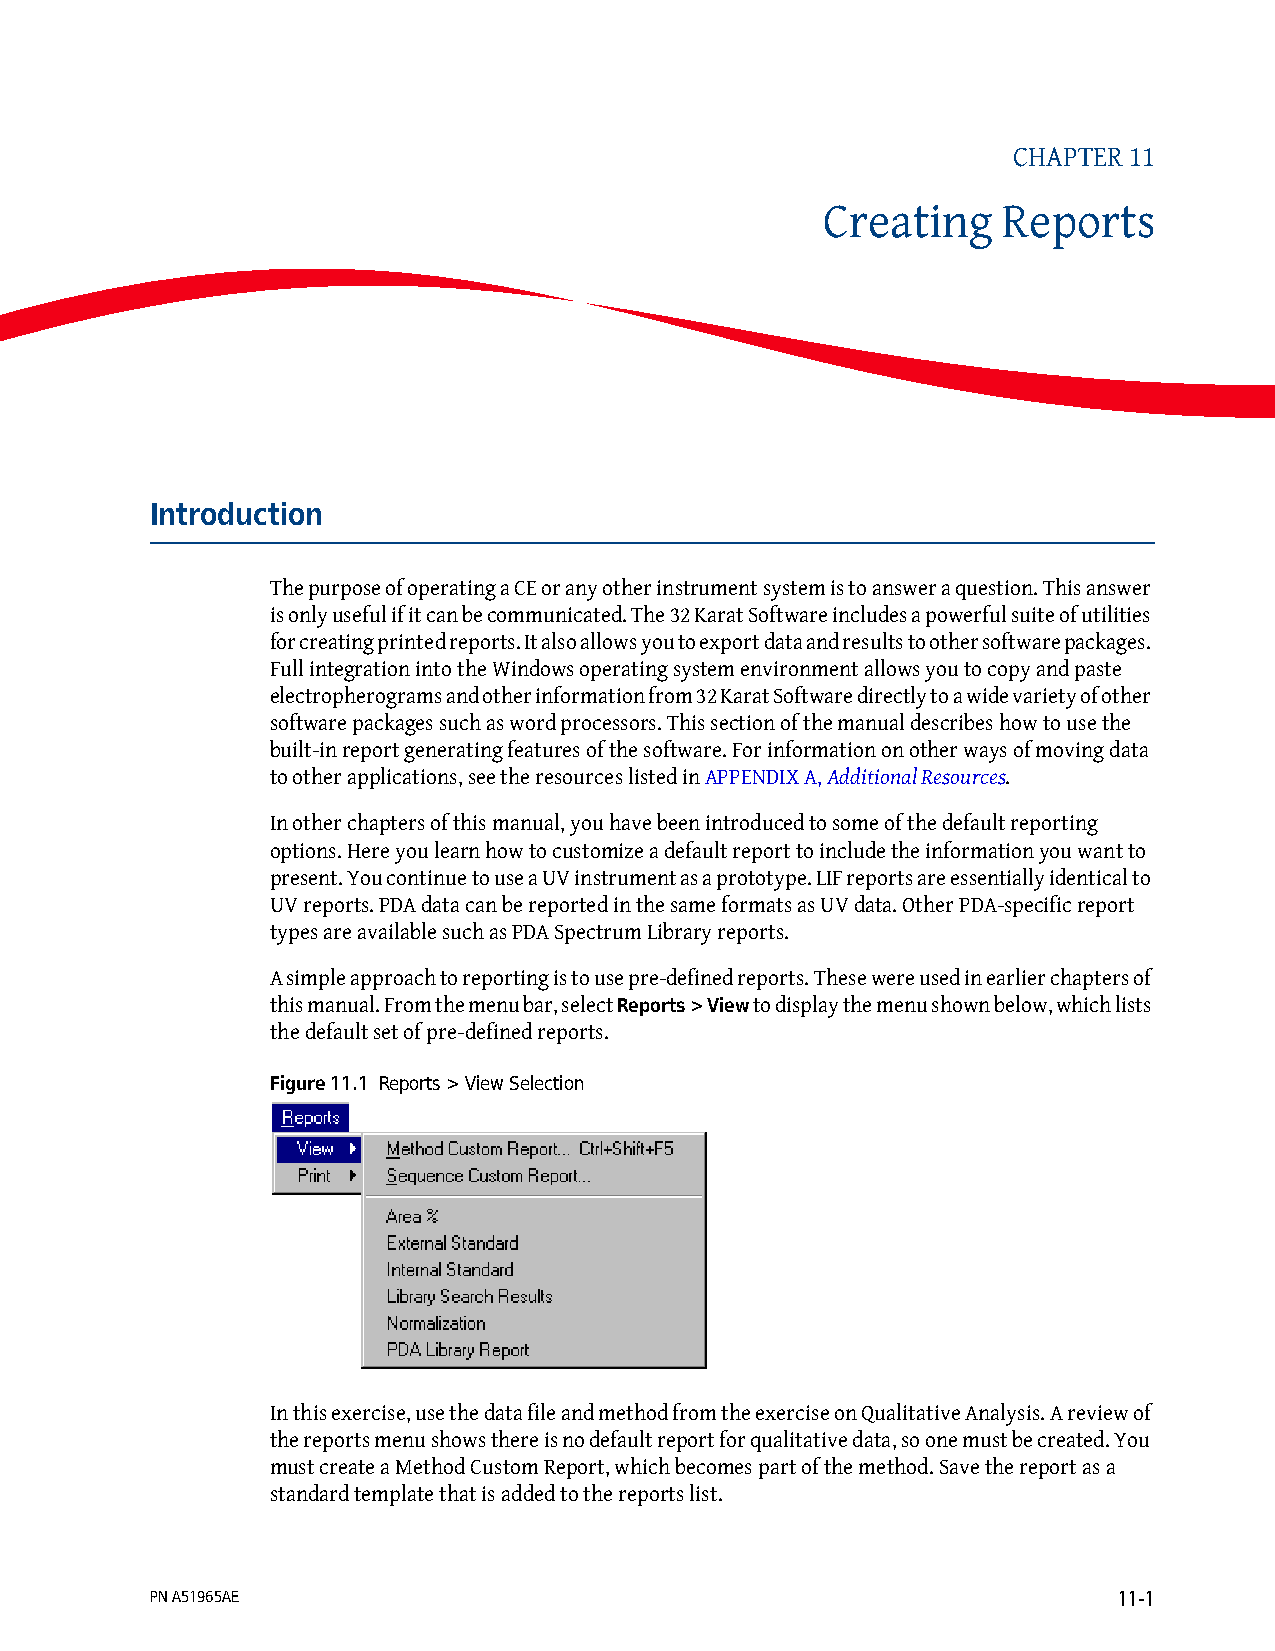
CHAPTER 11
 Creating   Reports
 Introduction
 The purpose of operating a CE or any other instrument system is to answer a question. This answer
 is only useful if it can be communicated. The 32 Karat Software includes a powerful suite of utilities
 for creating printed reports. It also allows you to export data and results to other software packages.
 Full integration into the Windows operating system environment allows you to copy and paste
 electropherograms and other information from 32 Karat Software directly to a wide variety of other
 software packages such as word processors. This section of the manual describes how to use the
 built-in report generating features of the software. For information on other ways of moving data
 to other applications, see the resources listed in APPENDIX A, Additional Resources.
 In other chapters of this manual, you have been introduced to some of the default reporting
 options. Here you learn how to customize a default report to include the information you want to
 present. You continue to use a UV instrument as a prototype. LIF reports are essentially identical to
 UV reports. PDA data can be reported in the same formats as UV data. Other PDA-specific report
 types are available such as PDA Spectrum Library reports.
 A simple approach to reporting is to use pre-defined reports. These were used in earlier chapters of
 this manual. From the menu bar, select Reports > View to display the menu shown below, which lists
 the default set of pre-defined reports.
 Figure 11.1 Reports > View Selection
 In this exercise, use the data file and method from the exercise on Qualitative Analysis. A review of
 the reports menu shows there is no default report for qualitative data, so one must be created. You
 must create a Method Custom Report, which becomes part of the method. Save the report as a
 standard template that is added to the reports list.
 PN A51965AE                                                     11-1